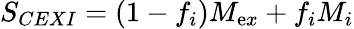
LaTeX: S_{CEXI}=(1-f_{i})M_{\mathrm{e}x}+f_{i}M_{i}